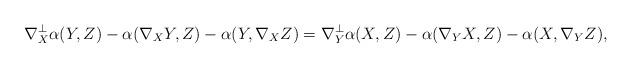
LaTeX: \begin{align*}\nabla_{X}^{\perp}\alpha(Y,Z)-\alpha(\nabla_{X}Y,Z)-\alpha(Y,\nabla_{X}Z)=\nabla_{Y}^{\perp}\alpha(X,Z)-\alpha(\nabla_{Y}X,Z)-\alpha(X,\nabla_{Y}Z),\end{align*}